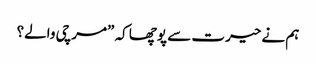
ہم نے حیرت سے پوچھا کہ ”مرچی والے؟